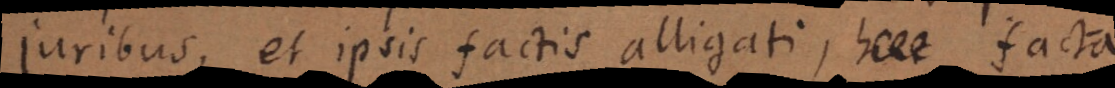
juribus, et ipsis factis alligati, haec facta